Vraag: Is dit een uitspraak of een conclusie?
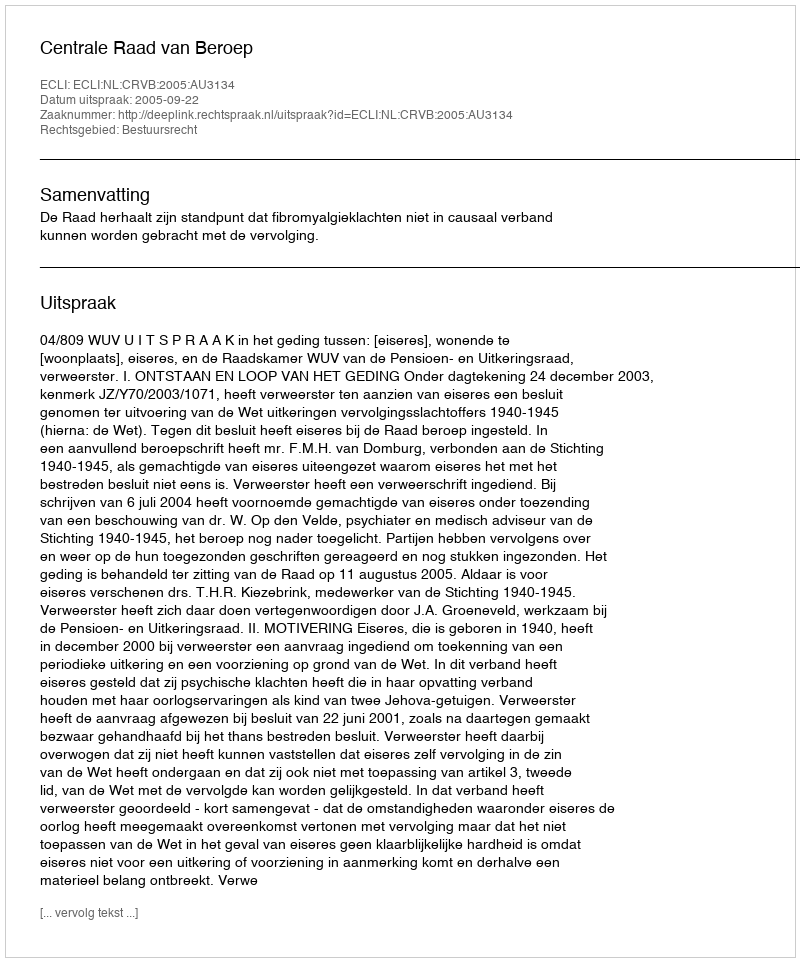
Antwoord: Uitspraak